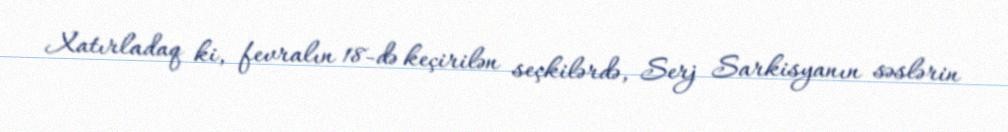
Xatırladaq ki, fevralın 18-də keçirilən seçkilərdə, Serj Sarkisyanın səslərin